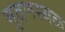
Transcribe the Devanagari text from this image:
मुद्रणस्थळ